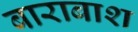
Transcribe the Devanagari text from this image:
बाराबाश